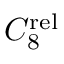
C _ { 8 } ^ { \mathrm { r e l } }